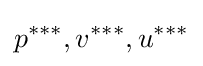
p^{***},v^{***},u^{***}